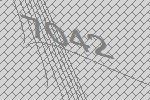
7042